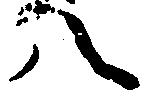
八